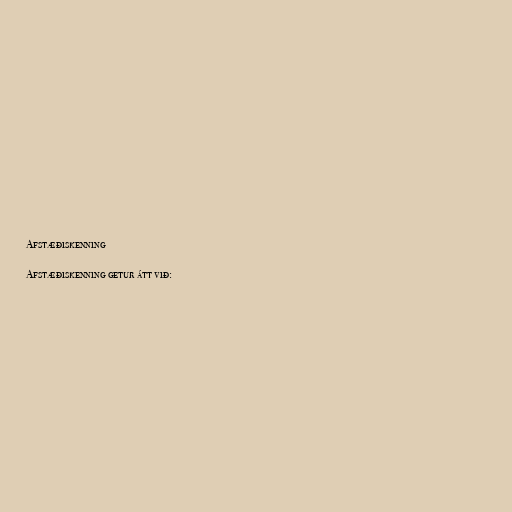
Afstæðiskenning

Afstæðiskenning getur átt við: